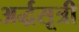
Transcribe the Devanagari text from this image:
अर्द्धसूत्री